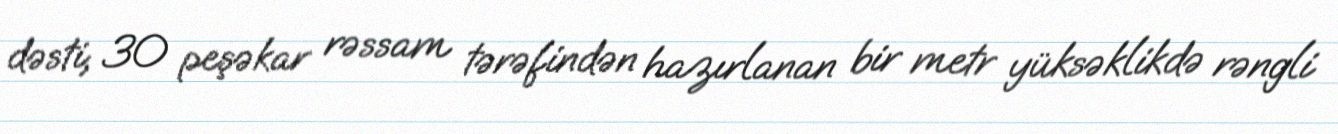
dəsti; 30 peşəkar rəssam tərəfindən hazırlanan bir metr yüksəklikdə rəngli